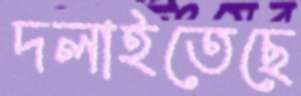
দলাইতেছে